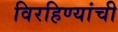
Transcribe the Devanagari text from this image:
विरहिण्यांची